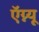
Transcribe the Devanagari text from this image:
ऍग्न्यू